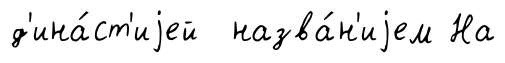
д'ина́ст'иjей назва́н'иjем На